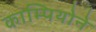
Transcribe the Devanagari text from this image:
काम्पियोने